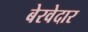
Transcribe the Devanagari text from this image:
बेरवेदार